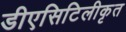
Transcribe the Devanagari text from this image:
डीएसिटिलीकृत